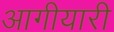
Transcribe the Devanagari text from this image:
आगीयारी